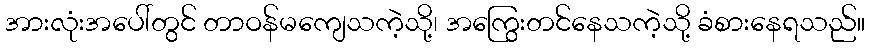
အားလုံးအပေါ်တွင် တာဝန်မကျေသကဲ့သို့၊ အကြွေးတင်နေသကဲ့သို့ ခံစားနေရသည်။